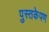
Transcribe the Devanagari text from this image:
पुस्तकेपण